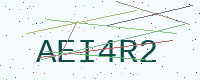
Text: AEI4R2